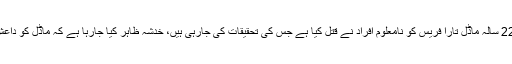
عراقی وزارت دفاع کے مطابق 22 سالہ ماڈل تارا فریس کو نامعلوم افراد نے قتل کیا ہے جس کی تحقیقات کی جارہی ہیں، خدشہ ظاہر کیا جارہا ہے کہ ماڈل کو داعش کے جنگجوؤں نے قتل کیا ہے۔